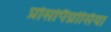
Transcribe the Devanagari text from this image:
प्रोसोपैग्नोसिया